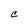
Character: C